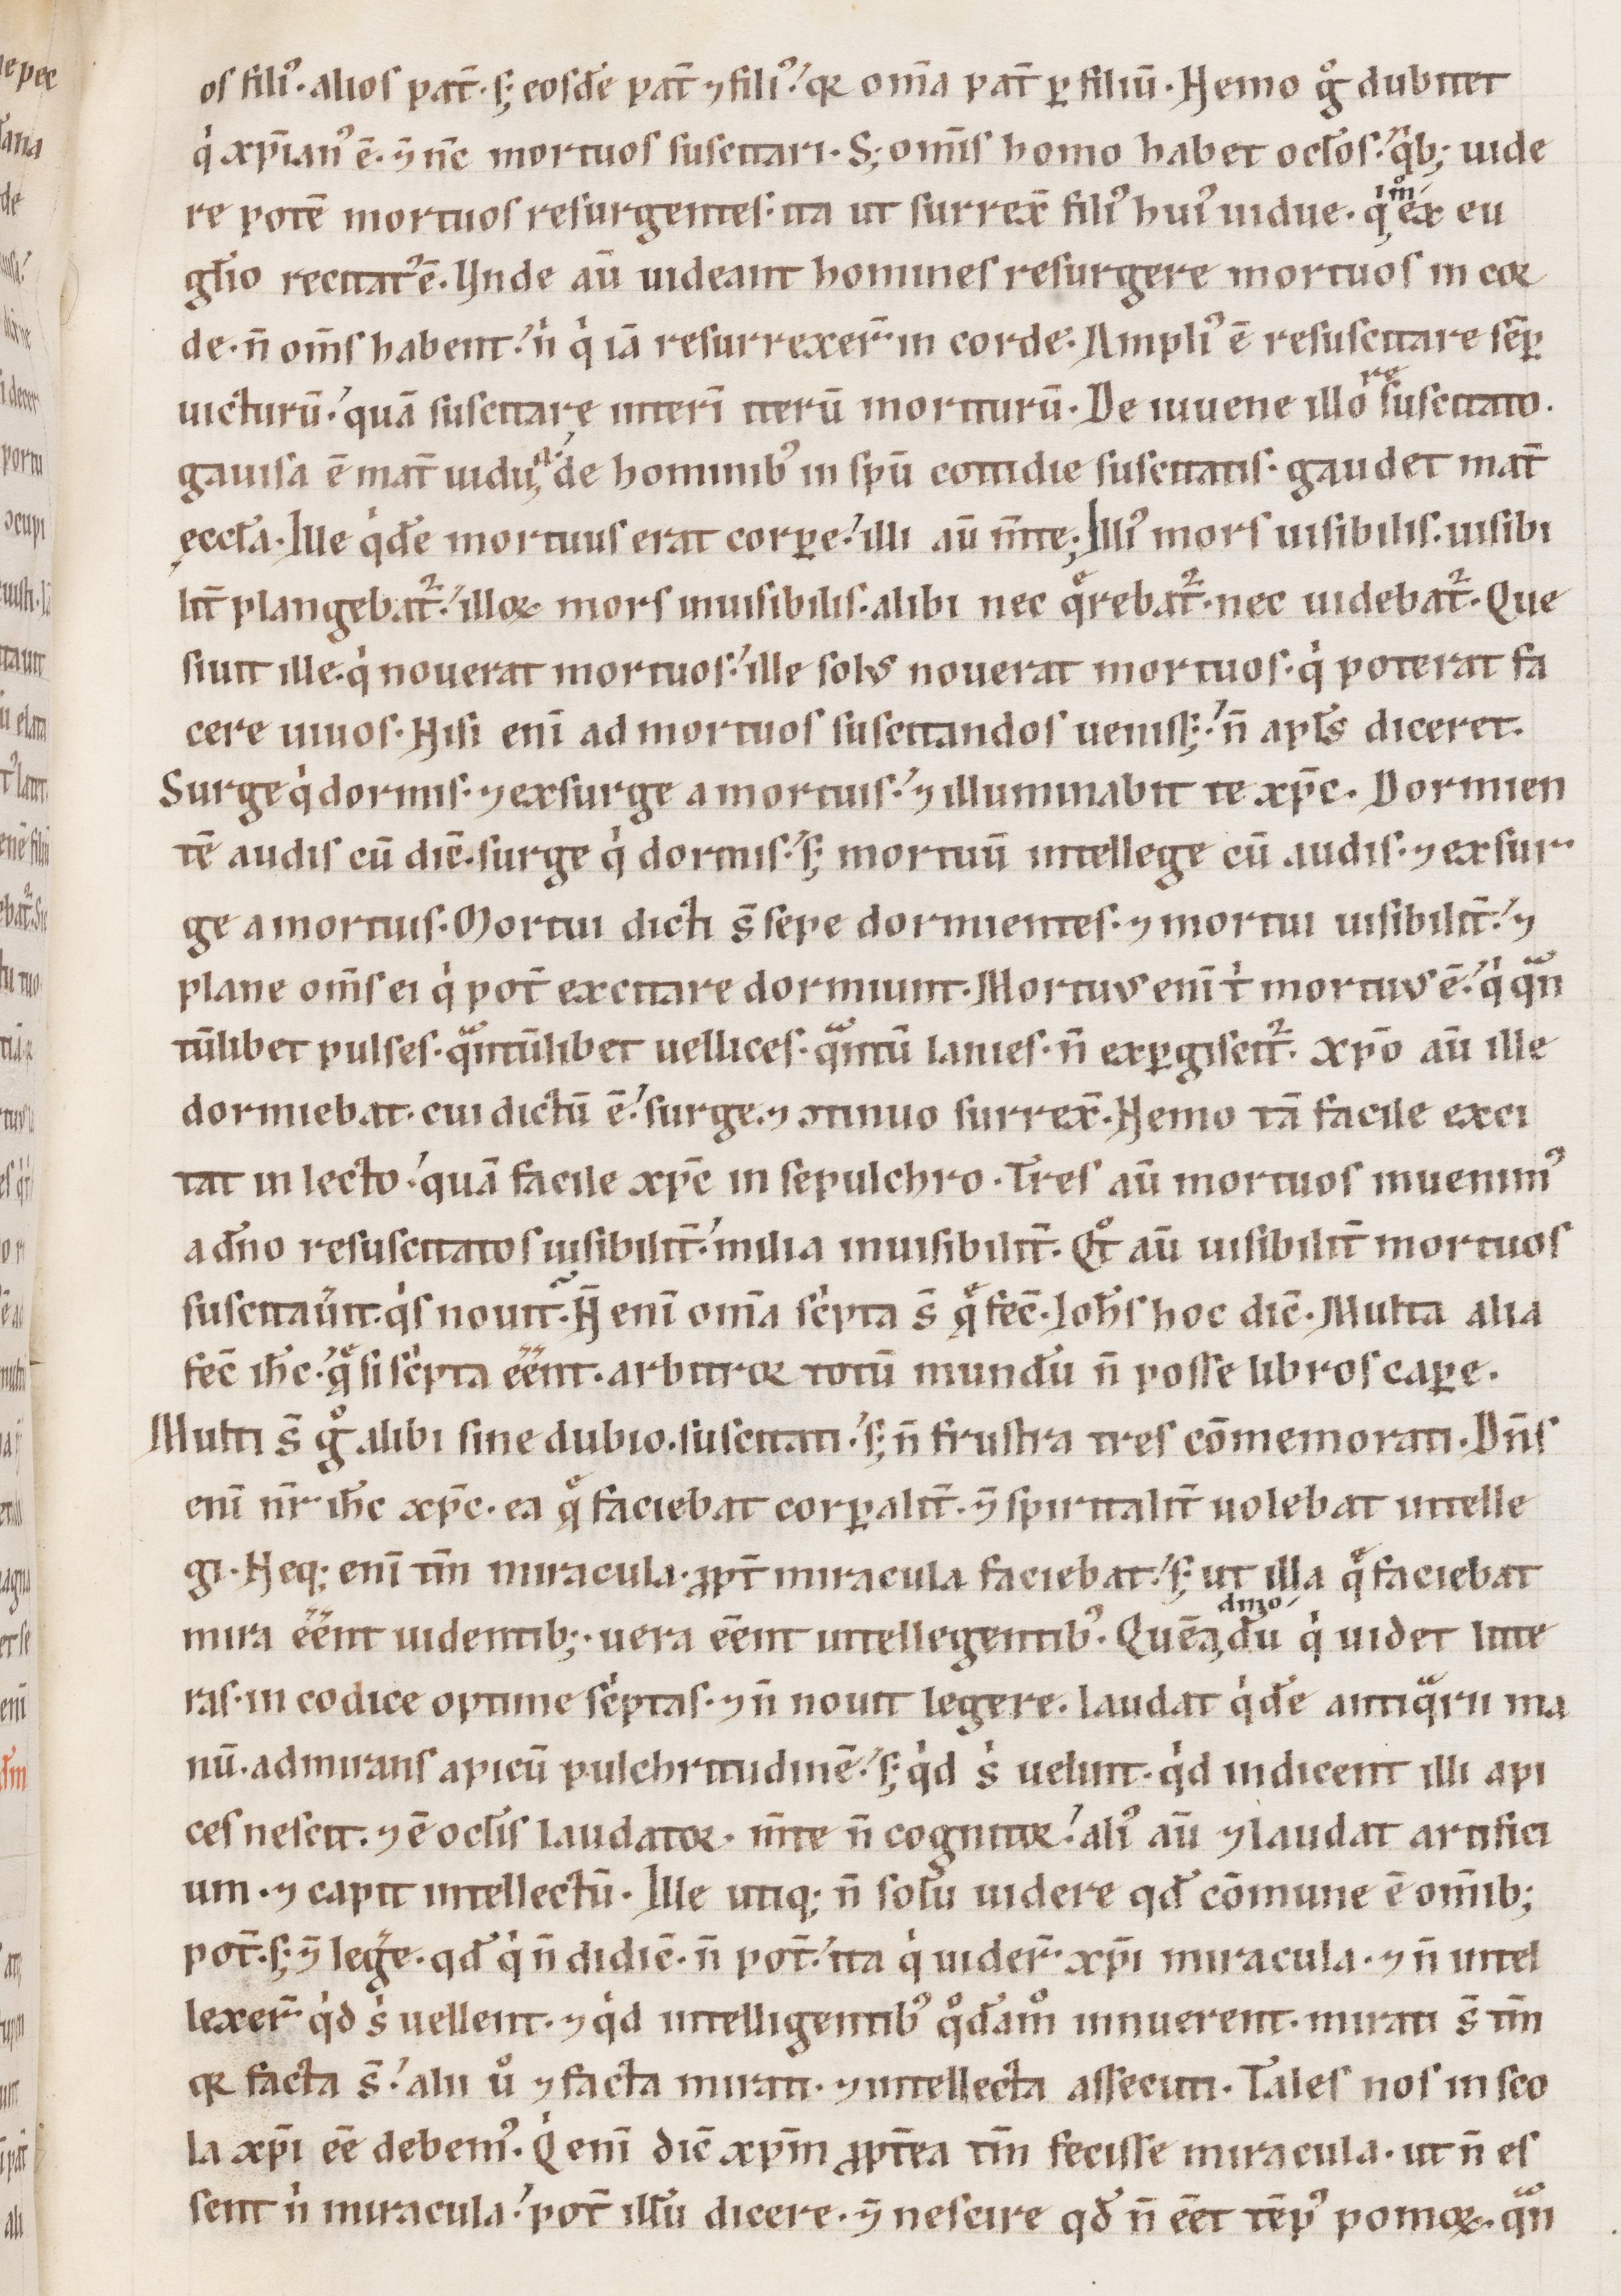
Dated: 1100–1199